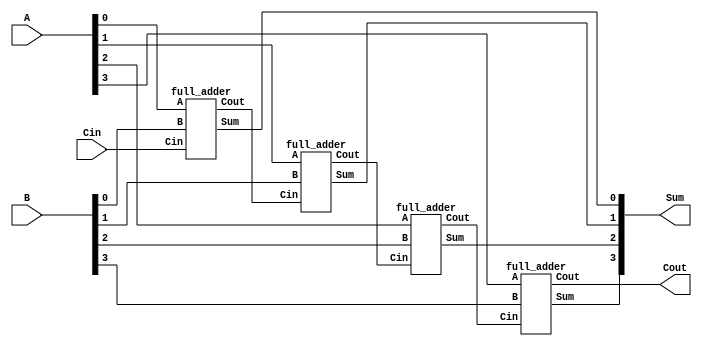
module ripple_carry_adder(
  input [3:0] A,  // 4-bit input operand A
  input [3:0] B,  // 4-bit input operand B
  input Cin,      // Carry input
  output [3:0] Sum, // 4-bit output sum
  output Cout     // Carry output
);

  // Internal signals
  wire [3:0] Sum_int; // Intermediate sum bits
  wire [3:0] Cout_int; // Intermediate carry bits

  // Full adder module
  full_adder fa0 (.A(A[0]), .B(B[0]), .Cin(Cin), .Sum(Sum_int[0]), .Cout(Cout_int[0]));
  full_adder fa1 (.A(A[1]), .B(B[1]), .Cin(Cout_int[0]), .Sum(Sum_int[1]), .Cout(Cout_int[1]));
  full_adder fa2 (.A(A[2]), .B(B[2]), .Cin(Cout_int[1]), .Sum(Sum_int[2]), .Cout(Cout_int[2]));
  full_adder fa3 (.A(A[3]), .B(B[3]), .Cin(Cout_int[2]), .Sum(Sum_int[3]), .Cout(Cout_int[3]));

  // Output assignments
  assign Sum = Sum_int;
  assign Cout = Cout_int[3];

endmodule

// Full adder module
module full_adder(
  input A,  // Input bit A
  input B,  // Input bit B
  input Cin,  // Carry input
  output Sum, // Sum output
  output Cout // Carry output
);

  assign Sum = A ^ B ^ Cin;
  assign Cout = (A & B) | (B & Cin) | (A & Cin);

endmodule